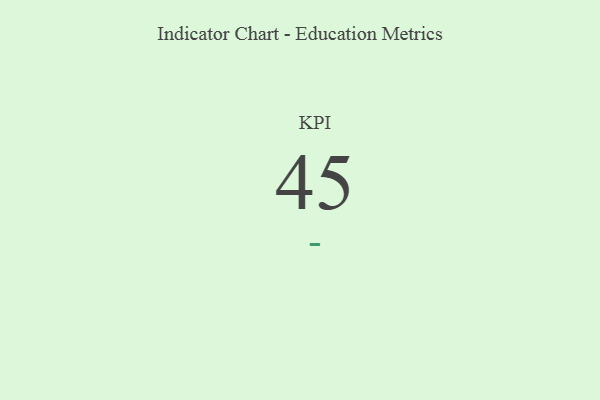
{"axis": {"x": "KPI", "y": "Value"}, "legend": [""], "data": [{"x": "KPI", "y": 45, "type": ""}]}